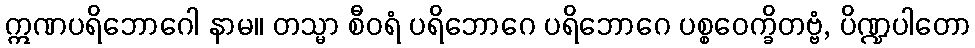
ဣဏပရိဘောဂေါ နာမ။ တသ္မာ စီဝရံ ပရိဘောဂေ ပရိဘောဂေ ပစ္စဝေက္ခိတဗ္ဗံ, ပိဏ္ဍပါတော